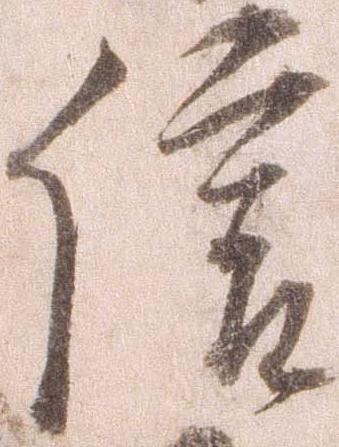
信